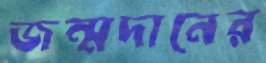
জন্মদানের